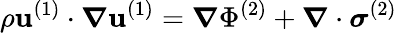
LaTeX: \rho\mathbf{u}^{(1)}\cdot\boldsymbol{\nabla}\mathbf{u}^{(1)}=\boldsymbol{\nabla}\Phi^{(2)}+\boldsymbol{\nabla}\cdot\boldsymbol{\sigma}^{(2)}